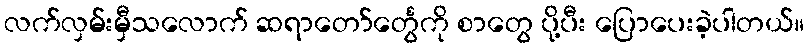
လက်လှမ်းမှီသလောက် ဆရာတော်င်္တွေကို စာတွေ ပို့ပီး ပြောပေးခဲ့ပါတယ်။